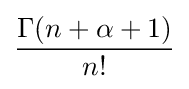
{\frac {\Gamma (n+\alpha +1)}{n!}}